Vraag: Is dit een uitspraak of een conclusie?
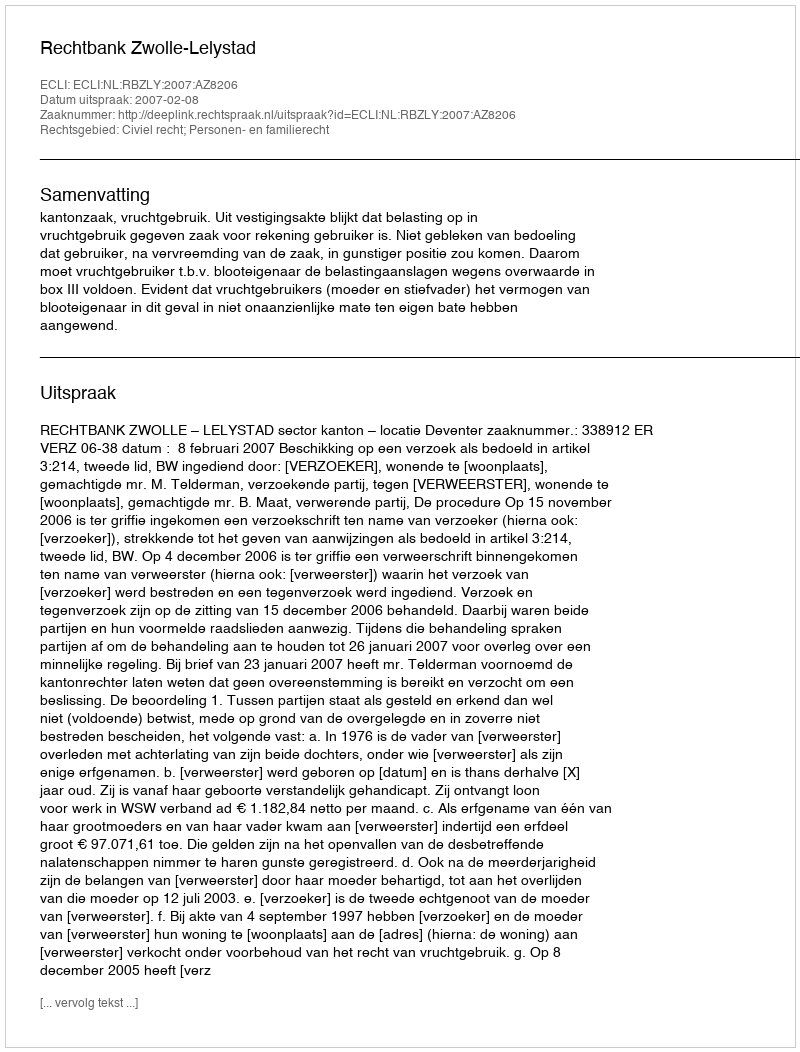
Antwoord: Uitspraak